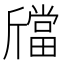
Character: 𣃉